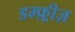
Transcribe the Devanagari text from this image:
डम्फ़्रीज़